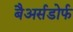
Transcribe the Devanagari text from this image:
बैअर्सडोर्फ